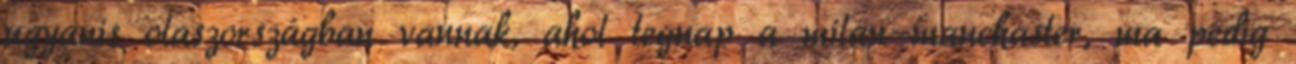
ugyanis olaszországban vannak, ahol tegnap a milan-manchaster, ma pedig